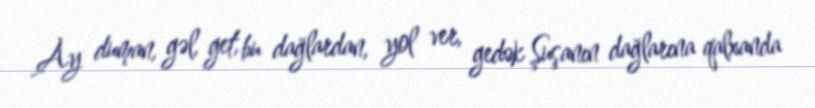
Ay duman, gəl, get, bu dağlardan, yol ver, gedək Şuşanın dağlarına qalxanda